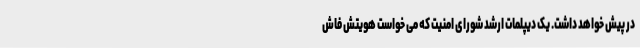
در پیش خواهد داشت. یک دیپلمات ارشد شورای امنیت که می خواست هویتش فاش